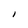
Character: I